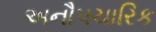
અનૌપચારિક